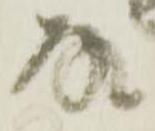
故